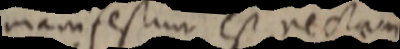
manifestum est rectam